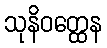
သုနိဝတ္ထေန